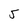
Character: 5